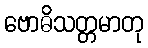
ဗောဓိသတ္တမာတု